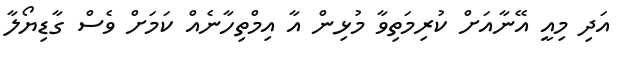
އަދި މިއީ އޭނާއަށް ކުރިމަތިވާ މުޅިން އާ އިމްތިހާނެއް ކަމަށް ވެސް ގާޑިޔޯލާ